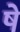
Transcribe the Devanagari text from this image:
षे